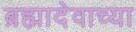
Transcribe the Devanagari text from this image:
ब्रह्मादेवाच्या